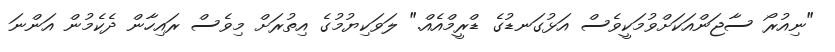
"ނިއުރޯ ސާޖަންއަކަށްވުމަކީވެސް އަޅުގަނޑުގެ ޑްރީމްއެއް." ލަވަކިޔުމުގެ އިތުރަށް މިވެސް ރައިހާން ދެކެމުން އަންނަ